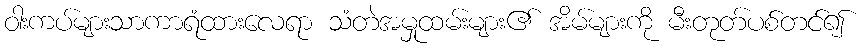
ဝါးကပ်များသာကာရံထားလေရာ သံတဲအမှုထမ်းများ၏ အိမ်များကို မီးတုတ်ပစ်တင်၍